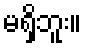
မရှိဘူး။